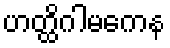
ဟတ္ထိဂါမကေန